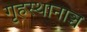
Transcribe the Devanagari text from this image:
गृहस्थानाञ्च